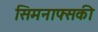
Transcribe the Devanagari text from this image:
सिमनाफ्सकी